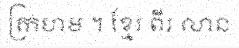
ក្រហម ។ ខ្មែរ ពីរ លាន